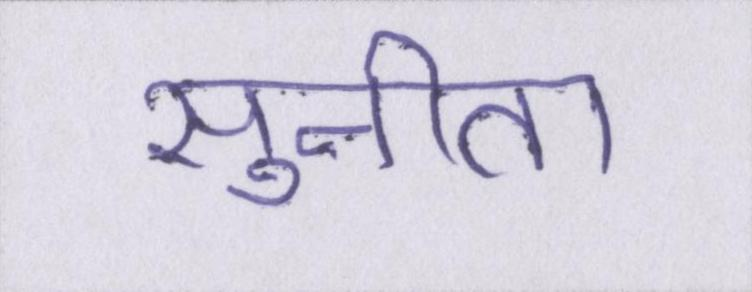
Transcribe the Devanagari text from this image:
सुनीता